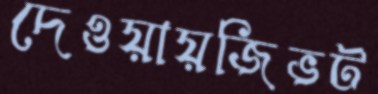
দেওয়ায়জিভট